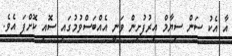
އާ އެކު ސަން ސިޔާމް އިރުފުށިން ވަނީ އެއްބަސްވުމުގައި ސޮއި ކޮށްފަ އެވެ.